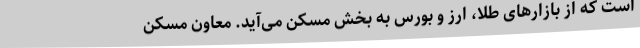
است که از بازارهای طلا، ارز و بورس به بخش مسکن می‌آید. معاون مسکن